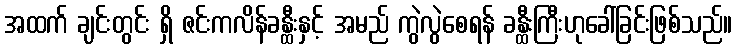
အထက် ချင်းတွင်း ရှိ ဇင်းကလိန်ခန္ထီးနှင့် အမည် ကွဲလွဲစေရန် ခန္ထီးကြီးဟုခေါ်ခြင်းဖြစ်သည်။